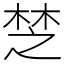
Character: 椘